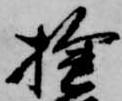
検